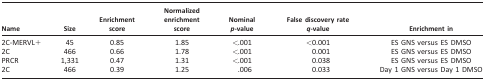
<table><thead><tr><td><b>Name</b></td><td><b>Size</b></td><td><b>Enrichment score</b></td><td><b>Normalized enrichment score</b></td><td><b>Nominal <i>p</i>‐value</b></td><td><b>False discovery rate <i>q</i>‐value</b></td><td><b>Enrichment in</b></td></tr></thead><tbody><tr><td>2C‐MERVL+</td><td>45</td><td>0.85</td><td>1.85</td><td>&lt;.001</td><td>&lt;0.001</td><td>ES GNS versus ES DMSO</td></tr><tr><td>2C</td><td>466</td><td>0.66</td><td>1.78</td><td>&lt;.001</td><td>0.001</td><td>ES GNS versus ES DMSO</td></tr><tr><td>PRCR</td><td>1,331</td><td>0.47</td><td>1.31</td><td>&lt;.001</td><td>0.038</td><td>ES GNS versus ES DMSO</td></tr><tr><td>2C</td><td>466</td><td>0.39</td><td>1.25</td><td>.006</td><td>0.033</td><td>Day 1 GNS versus Day 1 DMSO</td></tr></tbody></table>